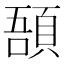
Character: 𩒾